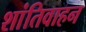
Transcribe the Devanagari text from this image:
शांतिवाहन